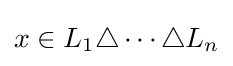
x\in L_{1}\triangle \cdots \triangle L_{n}